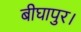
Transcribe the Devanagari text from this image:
बीघापुर।